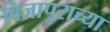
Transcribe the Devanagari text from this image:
विजापुराच्या